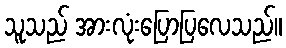
သူသည် အားလုံးပြောပြလေသည်။